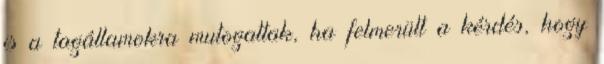
is a tagállamokra mutogattak, ha felmerült a kérdés, hogy